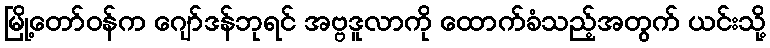
မြို့တော်ဝန်က ဂျော်ဒန်ဘုရင် အဗ္ဗဒူလာကို ထောက်ခံသည့်အတွက် ယင်းသို့